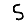
Digit: 5